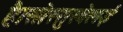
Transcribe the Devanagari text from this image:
है।सोस्सुस्वेलई